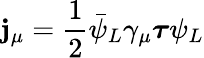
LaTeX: \mathbf{j}_{\mu}={\frac{1}{2}}{\bar{\psi}}_{L}\gamma_{\mu}{\boldsymbol{\tau}}\psi_{L}